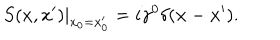
\left. S ( x , x ^ { \prime } ) \right| _ { x _ { 0 } = x _ { 0 } ^ { \prime } } = i \gamma ^ { 0 } \delta ( { \bf x } - { \bf x } ^ { \prime } ) .